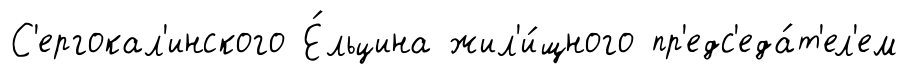
С'ергокал'инского Е́льцина жил'и́щного пр'едс'еда́т'ел'ем